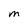
Character: M